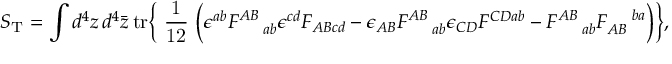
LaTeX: S _ { \mathrm { T } } = \int d ^ { 4 } z \, d ^ { 4 } \bar { z } \, \mathrm { t r } \Bigr \{ \mathrm { ~ \frac { 1 } { 1 2 } ~ } \Bigr ( \epsilon ^ { a b } F _ { \! ~ ~ ~ ~ a b } ^ { A B } \epsilon ^ { c d } F _ { A B c d } - \epsilon _ { A B } F _ { \! ~ ~ ~ ~ a b } ^ { A B } \epsilon _ { C D } F ^ { C D a b } - F _ { \! ~ ~ ~ ~ a b } ^ { A B } F _ { A B } ^ { \! ~ ~ ~ ~ b a } \Bigr ) \Bigr \} ,